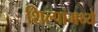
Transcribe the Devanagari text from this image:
शिल्पांमध्ये